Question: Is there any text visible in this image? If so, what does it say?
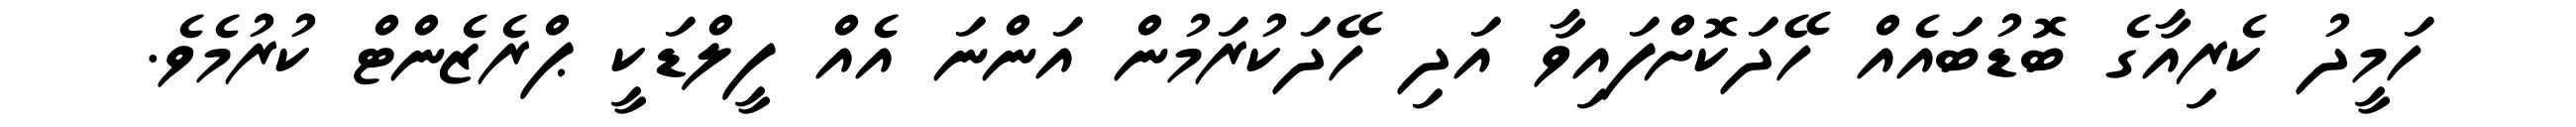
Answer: ހަމީދު ކެރިއާގެ ބޮޑުބައެއް ހޭދަކޮށްފައިވާ އަދި ހޭދަކުރަމުން އަންނަ އެއް ފީލްޑަކީ ޕްރެޒެންޓް ކުރުމެވެ.